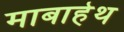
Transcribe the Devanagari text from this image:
माबाहेथ